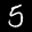
Label: 5